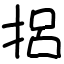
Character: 捛